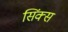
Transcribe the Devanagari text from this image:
सिंक्स